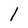
Character: l